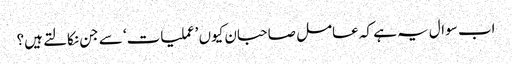
اب سوال یہ ہے کہ عامل صاحبان کیوں ’عملیات‘ سے جن نکالتے ہیں؟